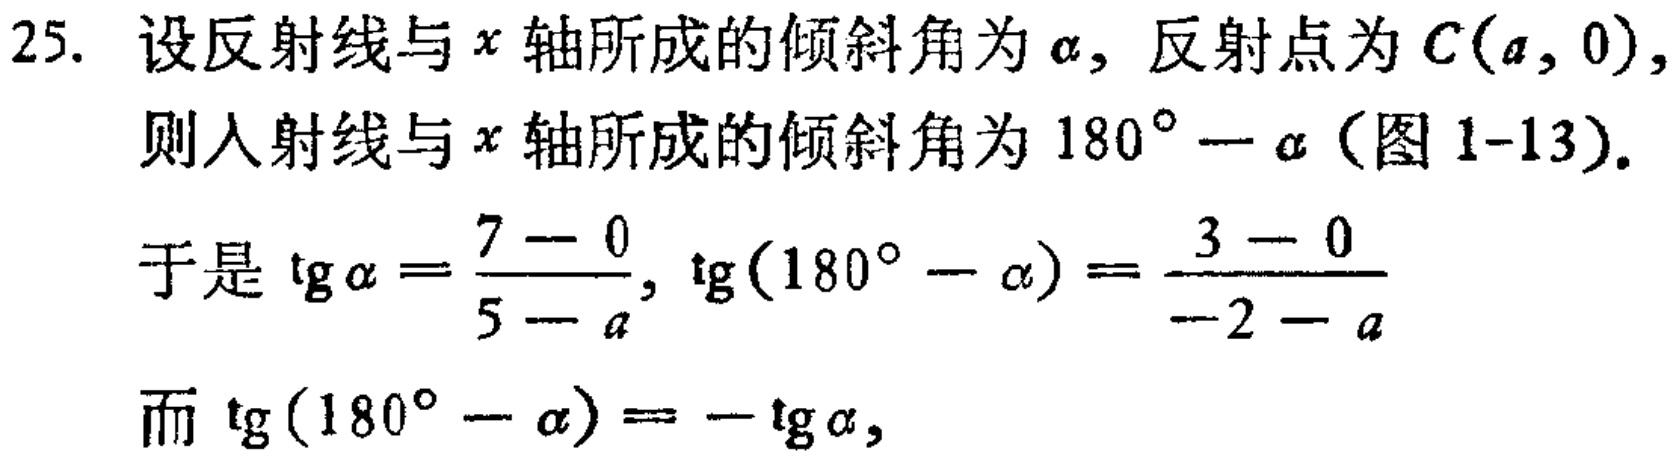
25. 设反射线与\(x\)轴所成的倾斜角为\(\alpha\)，反射点为\(C(a,0)\)，
则入射线与\(x\)轴所成的倾斜角为\(180^{\circ}-\alpha\)（图1-13）.
于是\(\tan\alpha = \frac{7 - 0}{5 - a}\)，\(\tan(180^{\circ}-\alpha)=\frac{3 - 0}{-2 - a}\)
而\(\tan(180^{\circ}-\alpha)=-\tan\alpha\)，